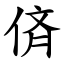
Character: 㑪